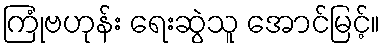
ကြုံဗဟုန်း ရေးဆွဲသူ အောင်မြင့်။